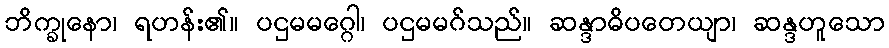
ဘိက္ခုနော၊ ရဟန်း၏။ ပဌမမဂ္ဂေါ၊ ပဌမမဂ်သည်။ ဆန္ဒာဓိပတေယျာ၊ ဆန္ဒဟူသော